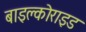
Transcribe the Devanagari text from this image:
बाइक्लोराइड